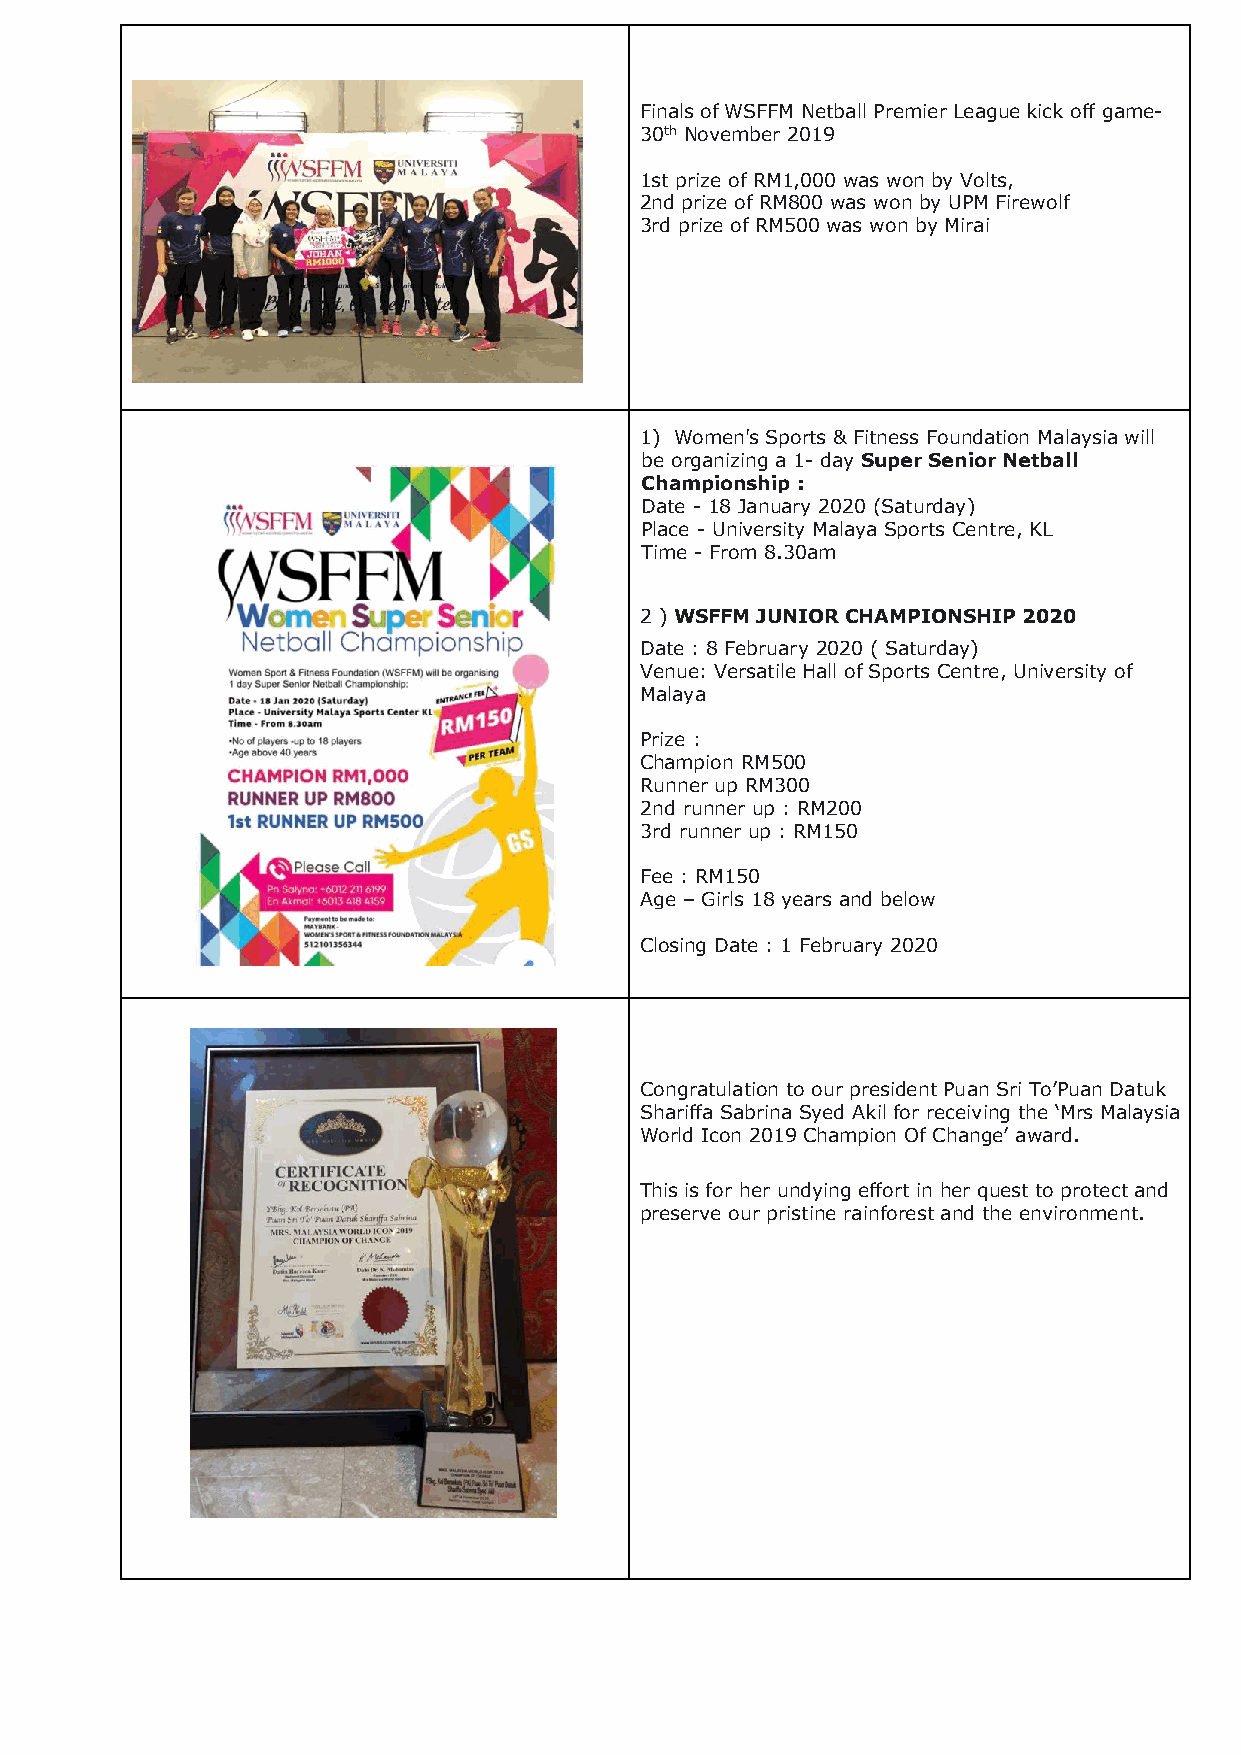
Finals of WSFFM Netball Premier League kick off game-
 30th November 2019
 1st prize of RM1,000 was won by Volts,
 2nd prize of RM800 was won by UPM Firewolf
 3rd prize of RM500 was won by Mirai
 1) Women's Sports & Fitness Foundation Malaysia will
 be organizing a 1- day Super Senior Netball
 Championship :
 Date - 18 January 2020 (Saturday)
 Place - University Malaya Sports Centre, KL
 Time - From 8.30am
 2 ) WSFFM JUNIOR CHAMPIONSHIP 2020
 Date : 8 February 2020 ( Saturday)
 Venue: Versatile Hall of Sports Centre, University of
 Malaya
 Prize :
 Champion RM500
 Runner up RM300
 2nd runner up : RM200
 3rd runner up : RM150
 Fee : RM150
 Age – Girls 18 years and below
 Closing Date : 1 February 2020
 Congratulation to our president Puan Sri To’Puan Datuk
 Shariffa Sabrina Syed Akil for receiving the ‘Mrs Malaysia
 World Icon 2019 Champion Of Change’ award.
 This is for her undying effort in her quest to protect and
 preserve our pristine rainforest and the environment.